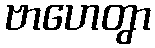
ဗာဟေတွာ